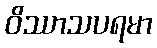
ဝိဿာသပရမာ